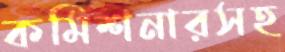
কমিশনারসহ